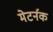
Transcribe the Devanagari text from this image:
मेटर्नक